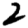
Digit: 2